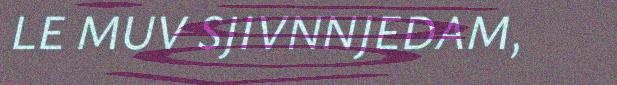
LE MUV SJIVNNJEDAM,